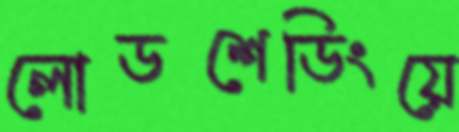
লোডশেডিংয়ে